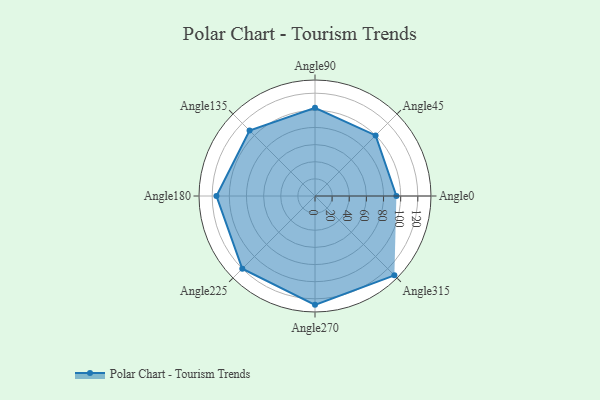
{"axis": {"x": "Angle", "y": "Radius"}, "legend": [""], "data": [{"x": "Angle0", "y": 95.0, "type": ""}, {"x": "Angle45", "y": 100.0, "type": ""}, {"x": "Angle90", "y": 103.0, "type": ""}, {"x": "Angle135", "y": 108.0, "type": ""}, {"x": "Angle180", "y": 115.0, "type": ""}, {"x": "Angle225", "y": 120.0, "type": ""}, {"x": "Angle270", "y": 127.0, "type": ""}, {"x": "Angle315", "y": 131.0, "type": ""}]}